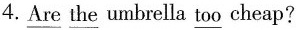
4.\underline{Are} \underline{the} umbrella \underline{too} cheap?